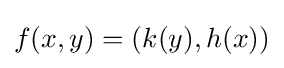
f(x,y)=(k(y),h(x))